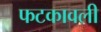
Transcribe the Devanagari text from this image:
फटकावली